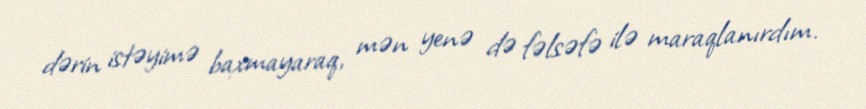
dərin istəyimə baxmayaraq, mən yenə də fəlsəfə ilə maraqlanırdım.